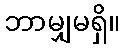
ဘာမျှမရှိ။